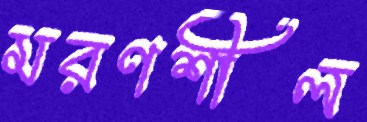
মরণশীল